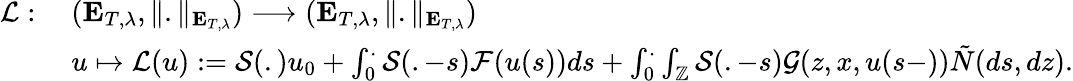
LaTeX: \begin{array}{rl}{\mathcal{L}:\; }&{(\mathbf{E}_{T,\lambda},\Vert.\Vert_{\mathbf{E}_{T,\lambda}})\longrightarrow(\mathbf{E}_{T,\lambda},\Vert.\Vert_{\mathbf{E}_{T,\lambda}})}\\ &{u\mapsto\mathcal{L}(u):=\mathcal{S}(.)u_{0}+\int_{0}^{.}\mathcal{S}(.-s)\mathcal{F}(u(s))ds+\int_{0}^{.}\int_{\mathbb{Z}}\mathcal{S}(.-s)\mathcal{G}(z,x,u(s-))\tilde{N}(ds,dz).}\end{array}